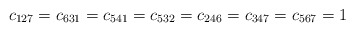
\begin{align*}c_{127}=c_{631}=c_{541}=c_{532}=c_{246}=c_{347}=c_{567}=1\end{align*}